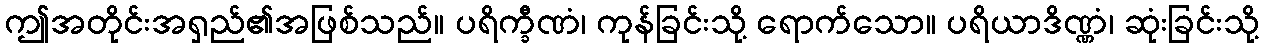
ဤအတိုင်းအရှည်၏အဖြစ်သည်။ ပရိက္ခီဏံ၊ ကုန်ခြင်းသို့ ရောက်သော။ ပရိယာဒိဏ္ဏံ၊ ဆုံးခြင်းသို့